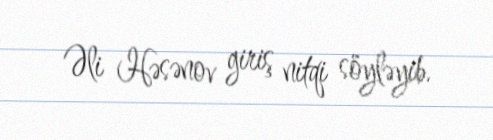
Əli Həsənov giriş nitqi söyləyib.